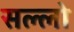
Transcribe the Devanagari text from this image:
सल्लो